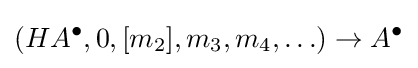
(HA^{\bullet },0,[m_{2}],m_{3},m_{4},\ldots )\to A^{\bullet }